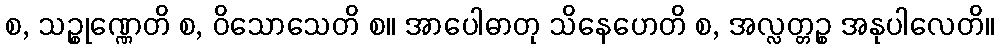
စ, သဉ္စုဏ္ဏေတိ စ, ဝိသောသေတိ စ။ အာပေါဓာတု သိနေဟေတိ စ, အလ္လတ္တဉ္စ အနုပါလေတိ။